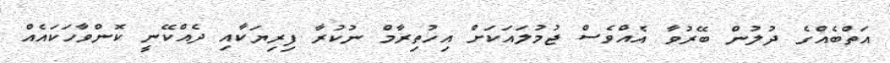
އަތްބެއްގެ ދުލުން ބޭރުވާ އެއްވެސް ޖުމުލައަކަށް އިހުތިރާމް ނުކުރާ ފިރިޔަކާއި ދެއްކޭނީ ކޮންވާހަކައެއް